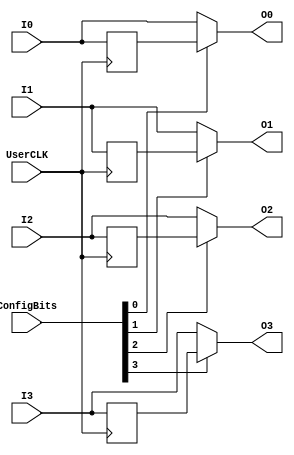
// Copyright 2021 University of Manchester
//
// Licensed under the Apache License, Version 2.0 (the "License");
// you may not use this file except in compliance with the License.
// You may obtain a copy of the License at
//
//      http://www.apache.org/licenses/LICENSE-2.0
//
// Unless required by applicable law or agreed to in writing, software
// distributed under the License is distributed on an "AS IS" BASIS,
// WITHOUT WARRANTIES OR CONDITIONS OF ANY KIND, either express or implied.
// See the License for the specific language governing permissions and
// limitations under the License.

// InPassFlop2 and OutPassFlop2 are the same except for changing which side I0,I1 or O0,O1 gets connected to the top entity
// InPassFlop2 and OutPassFlop2 are the same except for changing which side I0,I1 or O0,O1 gets connected to the top entity
// InPassFlop2 and OutPassFlop2 are the same except for changing which side I0,I1 or O0,O1 gets connected to the top entity

module OutPass4_frame_config (I0, I1, I2, I3, O0, O1, O2, O3, UserCLK, ConfigBits);
	parameter NoConfigBits = 4;// has to be adjusted manually (we don't use an arithmetic parser for the value)
	// Pin0
	input I0;
	input I1;
	input I2;
	input I3;
	output O0;// EXTERNAL
	output O1;// EXTERNAL
	output O2;// EXTERNAL
	output O3;// EXTERNAL
	// Tile IO ports from BELs
	input UserCLK;// EXTERNAL // SHARED_PORT // ## the EXTERNAL keyword will send this signal all the way to top and the //SHARED Allows multiple BELs using the same port (e.g. for exporting a clock to the top)
	// GLOBAL all primitive pins that are connected to the switch matrix have to go before the GLOBAL label
	input [NoConfigBits-1:0] ConfigBits;

//              ______   ______
//    I////+//->|FLOP|-Q-|1 M |
//         |             |  U |//////-> O
//         +////////////-|0 X |               

// I am instantiating an IOBUF primitive.
// However, it is possible to connect corresponding pins all the way to top, just by adding an "// EXTERNAL" comment (see PAD in the entity)

	reg Q0, Q1, Q2, Q3;   // FLOPs

	always @ (posedge UserCLK)
	begin
		Q0 <= I0;
		Q1 <= I1;
		Q2 <= I2;
		Q3 <= I3;
	end

	assign O0 = ConfigBits[0] ? Q0 : I0;
	assign O1 = ConfigBits[1] ? Q1 : I1;
	assign O2 = ConfigBits[2] ? Q2 : I2;
	assign O3 = ConfigBits[3] ? Q3 : I3;

endmodule